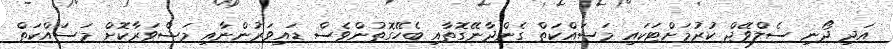
އަދި ދޯނި ސެލްވޭޖް ކުރުމަށްޓަކައި މަސައްކަތް ގެންދާނޭގޮތާއި ބެހޭގޮތުންވެސް ޑައިވަރުންނާއި މަޝްވަރާކޮށް މަސައްކަތް